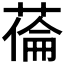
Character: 𦷉